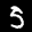
Label: 5